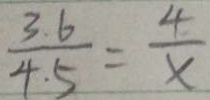
\frac { 3 . 6 } { 4 . 5 } = \frac { 4 } { x }